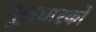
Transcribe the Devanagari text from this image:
मूलधारकों